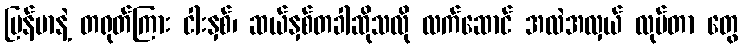
မြန်မာနဲ့ တရုတ်ကြား ငါးနှစ်၊ ဆယ်နှစ်တခါဆိုသလို လက်ဆောင် အလဲအလှယ် လုပ်တာ တွေ